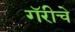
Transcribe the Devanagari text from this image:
गॅरीचे